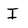
Character: I